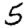
Digit: 5